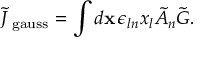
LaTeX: \tilde { J } _ { \mathrm { \scriptsize ~ g a u s s } } = \int { d { \bf x } \, \epsilon _ { l n } x _ { l } \tilde { A } _ { n } \tilde { \cal G } } .